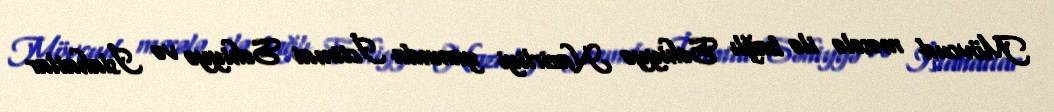
Mövcud məsələ ilə bağlı Səhiyyə Nazirliyi yanında İctimai Səhiyyə və İslahatlar